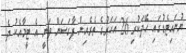
ޔުނައިޓެޑުގައި ހޭދަކުރި 26 އަހަރުގެ ތެރެއިން ފާގަސަން ވަނީ އެ ޓީމާއެކު ދެ